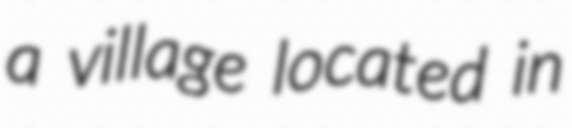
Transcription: a village located in